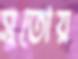
সুতোয়